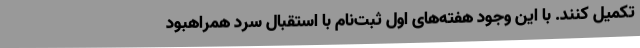
تکمیل کنند. با این وجود هفته‌های اول ثبت‌نام با استقبال سرد همراهبود